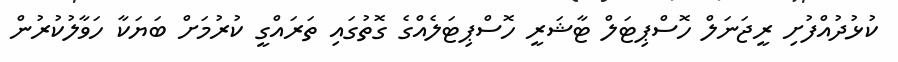
ކުޅުދުއްފުށި ރީޖަނަލް ހޮސްޕިޓަލް ޓާޝަރީ ހޮސްޕިޓަލެއްގެ ގޮތުގައި ތަރައްގީ ކުރުމަށް ބަޔަކާ ހަވާލުކުރުން